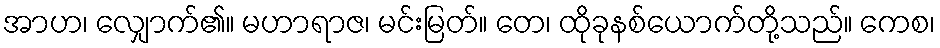
အာဟ၊ လျှောက်၏။ မဟာရာဇ၊ မင်းမြတ်။ တေ၊ ထိုခုနစ်ယောက်တို့သည်။ ကေစ၊